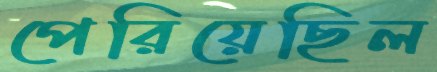
পেরিয়েছিল